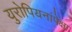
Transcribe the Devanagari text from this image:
युरोपियनांपेक्षा